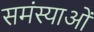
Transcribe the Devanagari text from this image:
समंस्याओं